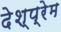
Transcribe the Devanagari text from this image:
देश्प्रेम